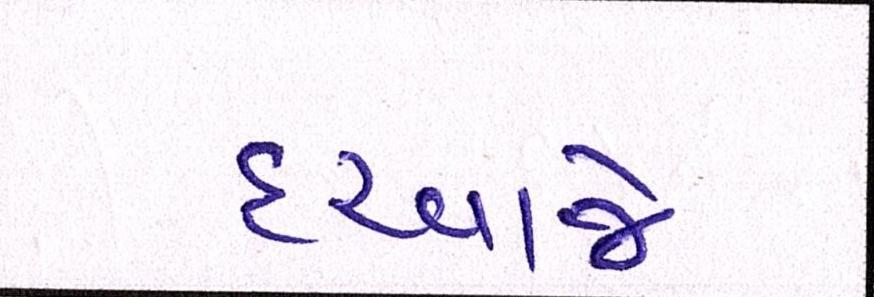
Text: દરવાજે